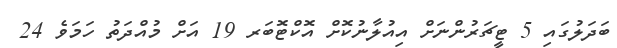
ބަދަލުގައި 5 ޓީޗަރުންނަށް އިއުލާނުކޮށް އޮކްޓޮބަރ 19 އަށް މުއްދަތު ހަމަވެ 24